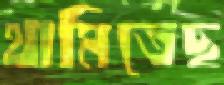
থামিতেছ